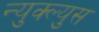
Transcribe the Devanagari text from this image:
न्युक्ल्युस